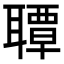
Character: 𦗡